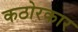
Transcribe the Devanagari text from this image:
कठोरकार